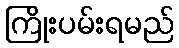
ကြိုးပမ်းရမည်